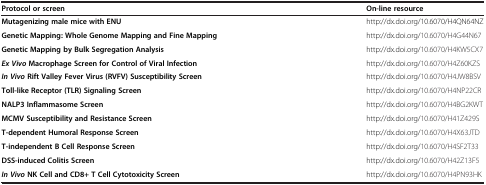
<table><thead><tr><td><b>Protocol or screen</b></td><td><b>On-line resource</b></td></tr></thead><tbody><tr><td><b>Mutagenizing male mice with ENU</b></td><td>http://dx.doi.org/10.6070/H4QN64NZ</td></tr><tr><td><b>Genetic Mapping: Whole Genome Mapping and Fine Mapping</b></td><td>http://dx.doi.org/10.6070/H4G44N67</td></tr><tr><td><b>Genetic Mapping by Bulk Segregation Analysis</b></td><td>http://dx.doi.org/10.6070/H4KW5CX7</td></tr><tr><td><b><i>Ex Vivo </i></b><b>Macrophage Screen for Control of Viral Infection</b></td><td>http://dx.doi.org/10.6070/H4Z60KZS</td></tr><tr><td><b><i>In Vivo </i></b><b>Rift Valley Fever Virus (RVFV) Susceptibility Screen</b></td><td>http://dx.doi.org/10.6070/H4JW8BSV</td></tr><tr><td><b>Toll-like Receptor (TLR) Signaling Screen</b></td><td>http://dx.doi.org/10.6070/H4NP22CR</td></tr><tr><td><b>NALP3 Inflammasome Screen</b></td><td>http://dx.doi.org/10.6070/H4BG2KWT</td></tr><tr><td><b>MCMV Susceptibility and Resistance Screen</b></td><td>http://dx.doi.org/10.6070/H41Z429S</td></tr><tr><td><b>T-dependent Humoral Response Screen</b></td><td>http://dx.doi.org/10.6070/H4X63JTD</td></tr><tr><td><b>T-independent B Cell Response Screen</b></td><td>http://dx.doi.org/10.6070/H4SF2T33</td></tr><tr><td><b>DSS-induced Colitis Screen</b></td><td>http://dx.doi.org/10.6070/H42Z13F5</td></tr><tr><td><b><i>In Vivo </i></b><b>NK Cell and CD8+ T Cell Cytotoxicity Screen</b></td><td>http://dx.doi.org/10.6070/H4PN93HK</td></tr></tbody></table>